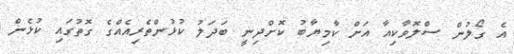
އެ ގޯލުން ސްލޮވާކިއާ އަށް ކާމިޔާބު ކޮށްދިނީ ބަދަލު ކުޅުންތެރިއެއްގެ ގޮތުގައި ކުޅެން